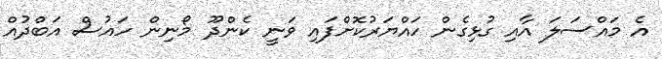
އެ މައްސަލަ އާއި ގުޅިގެން ހައްޔަރުކޮށްފައި ވަނީ ކެންދޫ މޯނިން ހައުސް އަބްދުއް